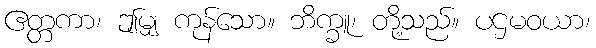
ဧတ္တကာ၊ ဤမျှ ကုန်သော။ ဘိက္ခူ၊ တို့သည်။ ပဌမဝယာ၊